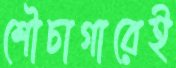
শৌচাগারেই